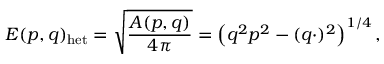
E ( p , q ) _ { \mathrm { h e t } } = \sqrt { \frac { A ( p , q ) } { 4 \pi } } = \left( q ^ { 2 } p ^ { 2 } - ( q \cdotp ) ^ { 2 } \right) ^ { 1 / 4 } ,